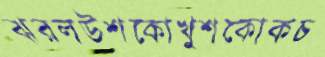
ঝরলউশকোখুশকোকচ